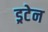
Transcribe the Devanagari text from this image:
ड्रटेन